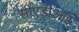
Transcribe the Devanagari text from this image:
सीएडीआई